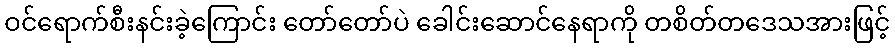
ဝင်ရောက်စီးနင်းခဲ့ကြောင်း တော်တော်ပဲ ခေါင်းဆောင်နေရာကို တစိတ်တဒေသအားဖြင့်